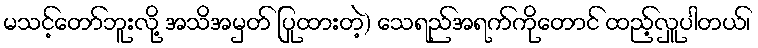
မသင့်တော်ဘူးလို့ အသိအမှတ် ပြုထားတဲ့) သေရည်အရက်ကိုတောင် ထည့်လှူပါတယ်၊